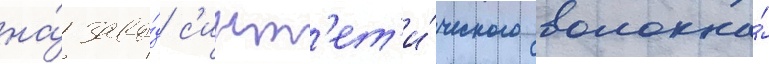
на́ заво́д с'инт'ет'и́ческого волокна́